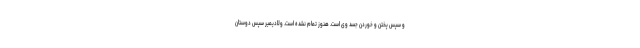
و سپس پختن و خوردن جسد وی است. هنوز تمام نشده است. ولادیمیر سپس دوستان